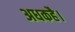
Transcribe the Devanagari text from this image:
अधकहै।